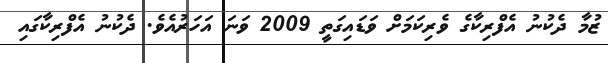
ޒުމާ ދެކުނު އެފްރިކާގެ ވެރިކަމަށް ވަޑައިގަތީ 2009 ވަނަ އަހަރުއެވެ. ދެކުނު އެފްރިކާގައި